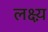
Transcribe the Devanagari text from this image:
लक्ष्य़